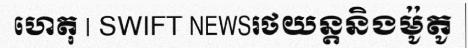
ហេតុ | SWIFT NEWSរថយន្តនិងម៉ូតូ